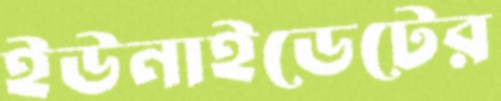
ইউনাইডেটের